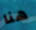
هنا